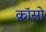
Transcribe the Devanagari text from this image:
क्रॉसो